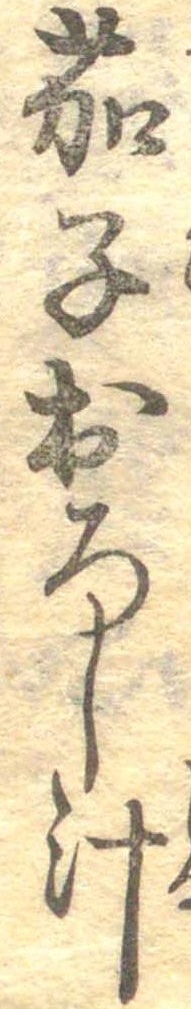
茄子おろし汁